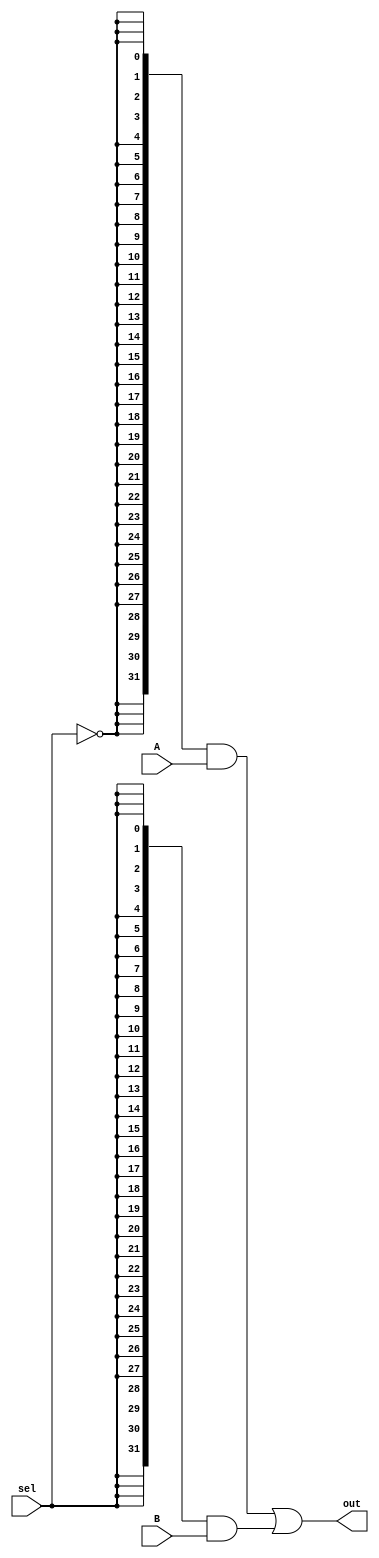
module mux2v(out, A, B, sel);

   parameter
     width = 32;
   
   output [width-1:0] out;
   input  [width-1:0] A, B;
   input              sel;

   wire [width-1:0] temp1 = ({width{(!sel)}} & A);
   wire [width-1:0] temp2 = ({width{(sel)}} & B);
   assign out = temp1 | temp2;

endmodule // mux2v

module mux3v(out, A, B, C, sel);

   parameter
     width = 32;
   
   output [width-1:0] out;
   input  [width-1:0] A, B, C;
   input  [1:0]       sel;
   wire   [width-1:0] wAB;
   
   mux2v #(width) mAB (wAB, A, B, sel[0]);
   mux2v #(width) mfinal (out, wAB, C, sel[1]);

endmodule // mux3v

module mux4v(out, A, B, C, D, sel);

   parameter
     width = 32;
   
   output [width-1:0] out;
   input  [width-1:0] A, B, C, D;
   input  [1:0]       sel;
   wire   [width-1:0] wAB, wCD;
   
   mux2v #(width) mAB (wAB, A, B, sel[0]);
   mux2v #(width) mCD (wCD, C, D, sel[0]);
   mux2v #(width) mfinal (out, wAB, wCD, sel[1]);

endmodule // mux4v

module mux16v(out, A, B, C, D, E, F, G, H, I, J, K, L, M, N, O, P, sel);

   parameter
     width = 32;
   
   output [width-1:0] out;
   input [width-1:0]  A, B, C, D, E, F, G, H, I, J, K, L, M, N, O, P;
   input [3:0]        sel;

   wire [width-1:0]   wAB, wCD, wEF, wGH, wIJ, wKL, wMN, wOP;
   wire [width-1:0]   wABCD, wEFGH, wIJKL, wMNOP;
   wire [width-1:0]   wABCDEFGH, wIJKLMNOP;
   
   mux2v #(width)  mAB (wAB, A, B, sel[0]);
   mux2v #(width)  mCD (wCD, C, D, sel[0]);
   mux2v #(width)  mEF (wEF, E, F, sel[0]);
   mux2v #(width)  mGH (wGH, G, H, sel[0]);
   mux2v #(width)  mIJ (wIJ, I, J, sel[0]);
   mux2v #(width)  mKL (wKL, K, L, sel[0]);
   mux2v #(width)  mMN (wMN, M, N, sel[0]);
   mux2v #(width)  mOP (wOP, O, P, sel[0]);

   mux2v #(width)  mABCD (wABCD, wAB, wCD, sel[1]);
   mux2v #(width)  mEFGH (wEFGH, wEF, wGH, sel[1]);
   mux2v #(width)  mIJKL (wIJKL, wIJ, wKL, sel[1]);
   mux2v #(width)  mMNOP (wMNOP, wMN, wOP, sel[1]);

   mux2v #(width)  mABCDEFGH (wABCDEFGH, wABCD, wEFGH, sel[2]);
   mux2v #(width)  mIJKLMNOP (wIJKLMNOP, wIJKL, wMNOP, sel[2]);
   
   mux2v #(width)  mfinal (out, wABCDEFGH, wIJKLMNOP, sel[3]);

endmodule // mux16v

module mux32v(out, a, b, c, d, e, f, g, h, i, j, k, l, m, n, o, p, 
              A, B, C, D, E, F, G, H, I, J, K, L, M, N, O, P, sel);

   parameter
     width = 32;
   
   output [width-1:0] out;
   input [width-1:0]  a, b, c, d, e, f, g, h, i, j, k, l, m, n, o, p;
   input [width-1:0]  A, B, C, D, E, F, G, H, I, J, K, L, M, N, O, P;
   input [4:0]        sel;
   wire [width-1:0]   wUPPER, wlower;

   mux16v #(width) m0(wlower, a, b, c, d, e, f, g, h, i, j, k, l, m, n, o, p, sel[3:0]);
   mux16v #(width) m1(wUPPER, A, B, C, D, E, F, G, H, I, J, K, L, M, N, O, P, sel[3:0]);
   mux2v  #(width) mfinal (out, wlower, wUPPER, sel[4]);
   
endmodule // mux32v